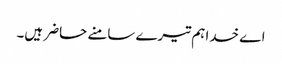
اے خدا ہم تیرے سامنے حاضر ہیں۔